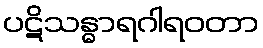
ပဋိသန္ဓာရဂါရဝတာ